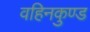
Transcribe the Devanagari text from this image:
वहिनकुण्ड